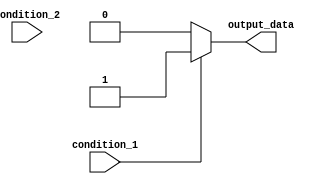
module multiple_if_else (
    input wire condition_1,
    input wire condition_2,
    output reg output_data
);

always @* begin
    if (condition_1) begin
        // Code block for condition_1 being true
        output_data <= 1;
    end
    else if (condition_2) begin
        // Code block for condition_2 being true
        output_data <= 2;
    end
    else begin
        // Default action if none of the conditions are true
        output_data <= 0;
    end
end

endmodule